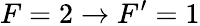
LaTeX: F=2\rightarrow F^{\prime}=1